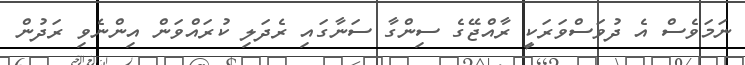
ނަމަވެސް އެ ދުވަސްވަރަކީ ރާއްޖޭގެ ސިންގާ ސަނާގައި ރެދަލި ކުރައްވަން އިންނެވި ރަދުން